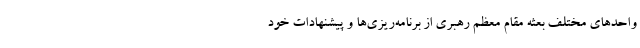
واحدهای مختلف بعثه مقام معظم رهبری از برنامه‌ریزی‌ها و پیشنهادات خود